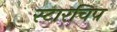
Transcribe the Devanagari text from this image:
स्टारचिप